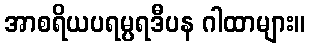
အာစရိယပရမ္ပရဒီပန ဂါထာများ။